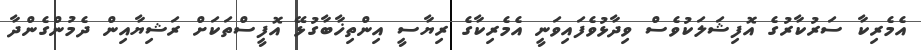
އެމެރިކާ ސަރުކާރުގެ އޮފިޝަލަކުވެސް ވިދާޅުވެފައިވަނީ އެމެރިކާގެ ރިޔާސީ އިންތިޚާބާގުޅޭ އޮފީސްތަކަށް ރަޝިޔާއިން ދެމުންގެންދާ